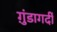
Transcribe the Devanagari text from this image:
ग़ुंडागर्दी